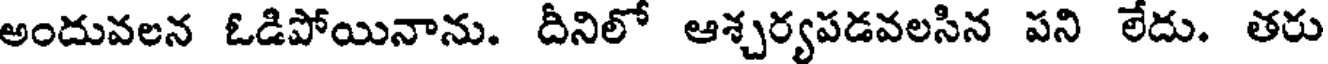
అందువలన ఓడిపోయినాను. దీనిలో ఆశ్చర్యపడవలసిన పని లేదు. తరు